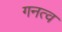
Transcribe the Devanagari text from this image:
गनत्व